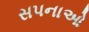
સપનાઓ